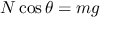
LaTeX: N \cos \theta = m g